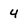
Character: 4